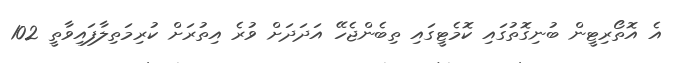
އެ އޮތޯރިޓީން ބުނިގޮތުގައި ކޮމެޓީގައި ތިބެންޖެހޭ އަދަދަށް ވުރެ އިތުރަށް ކުރިމަތިލާފައިވާތީ 102